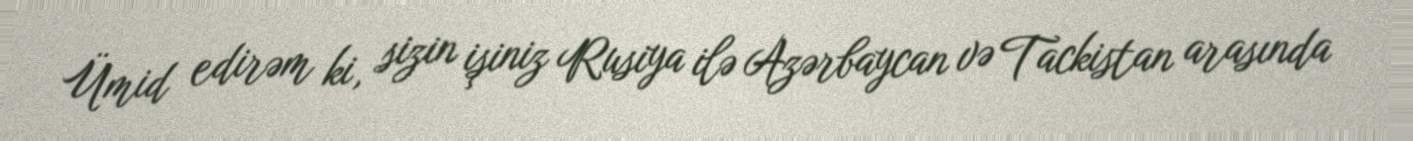
Ümid edirəm ki, sizin işiniz Rusiya ilə Azərbaycan və Tackistan arasında